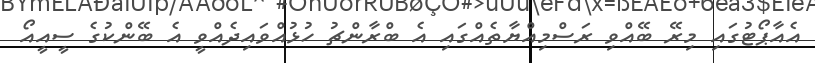
އެއާޕޯޓުގައި މިރޭ ބޭއްވި ރަސްމިއްޔާތެއްގައި އެ ބްރާންޗު ހުޅުއްވައިދެއްްވީ އެ ބޭންކުގެ ސީއީއޯ